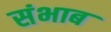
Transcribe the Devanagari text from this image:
संभाब